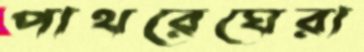
পাথরেঘেরা